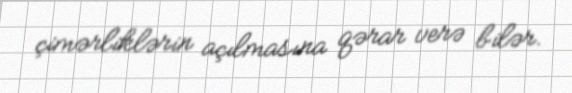
çimərliklərin açılmasına qərar verə bilər.